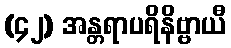
(၄၂) အန္တရာပရိနိဗ္ဗာယီ